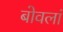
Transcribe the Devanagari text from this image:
बोवलां